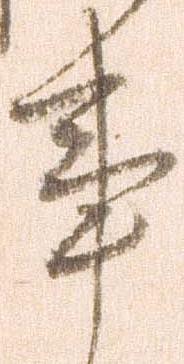
事